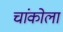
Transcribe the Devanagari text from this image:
चांकोला